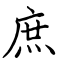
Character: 庶